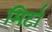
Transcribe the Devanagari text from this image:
मिर्टा